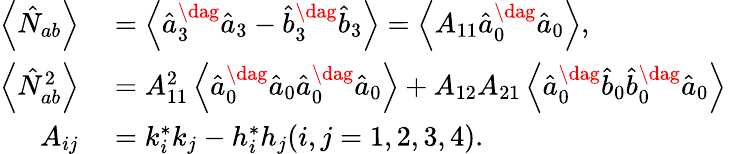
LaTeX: \begin{array}{rlr}{\left\langle\hat{N}_{ab}\right\rangle}&{{}=\left\langle\hat{a}_{3}^{\dag}\hat{a}_{3}-\hat{b}_{3}^{\dag}\hat{b}_{3}\right\rangle=\left\langle A_{11}\hat{a}_{0}^{\dag}\hat{a}_{0}\right\rangle,}&{}\\ {\left\langle\hat{N}_{ab}^{2}\right\rangle}&{{}=A_{11}^{2}\left\langle\hat{a}_{0}^{\dag}\hat{a}_{0}\hat{a}_{0}^{\dag}\hat{a}_{0}\right\rangle+A_{12}A_{21}\left\langle\hat{a}_{0}^{\dag}\hat{b}_{0}\hat{b}_{0}^{\dag}\hat{a}_{0}\right\rangle}&{}\\ {A_{ij}}&{{}=k_{i}^{\ast}k_{j}-h_{i}^{\ast}h_{j}(i,j=1,2,3,4).}&{}\end{array}